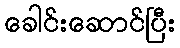
ခေါင်းဆောင်ပြီး